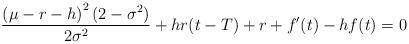
LaTeX: \begin{align*}\frac{\left(\mu-r-h\right)^2(2-\sigma^2)}{2\sigma^2}+hr(t-T)+r+f'(t)-hf(t)=0\end{align*}